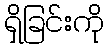
ရှိခြင်းကို